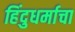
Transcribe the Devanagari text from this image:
हिंदुधर्माचा